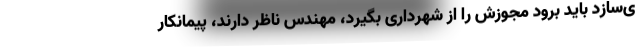
ی‌سازد باید برود مجوزش را از شهرداری بگیرد، مهندس ناظر دارند، پیمانکار